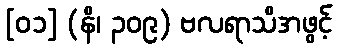
[၀၁] (နိ၊ ၃၀၉) ဗလရာသိအဖွင့်